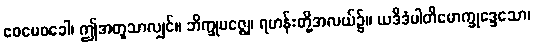
ဧဝမေဝခေါ၊ ဤအတူသာလျှင်။ ဘိက္ခုမဇ္ဈေ၊ ရဟန်းတို့အလယ်၌။ ယဒိဒံပါတိမောက္ခုဒ္ဒေသော၊